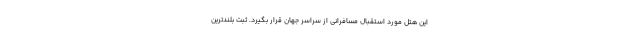
این هتل مورد استقبال مسافرانی از سراسر جهان قرار بگیرد. ثبت بلندترین